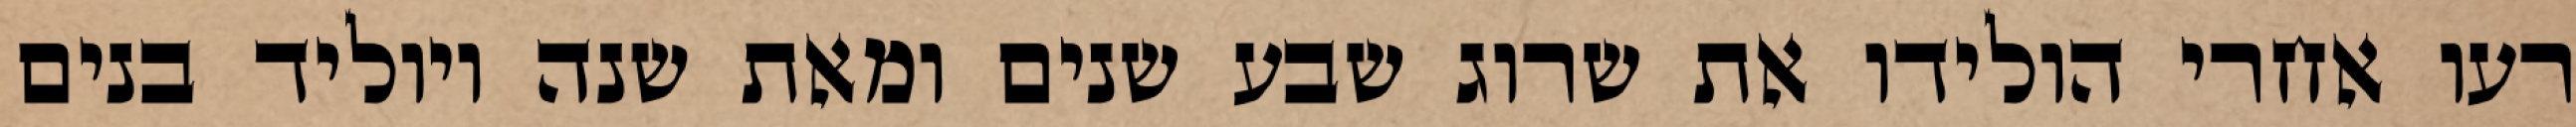
רעו אחרי הולידו את שרוג שבע שנים ומאת שנה ויוליד בנים